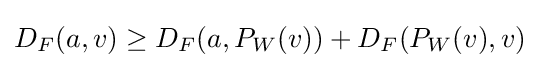
D_{F}(a,v)\geq D_{F}(a,P_{W}(v))+D_{F}(P_{W}(v),v)